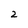
Character: 2